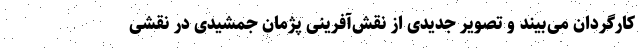
کارگردان می‌بیند و تصویر جدیدی از نقش‌آفرینی پژمان جمشیدی در نقشی